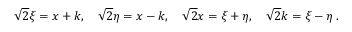
\sqrt { 2 } \xi = x + k , \quad \sqrt { 2 } \eta = x - k , \quad \sqrt { 2 } x = \xi + \eta , \quad \sqrt { 2 } k = \xi - \eta \; .